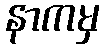
နာကမှ